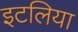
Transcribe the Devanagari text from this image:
इटलिया